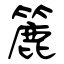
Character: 簏